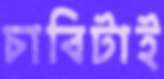
চাবিটাই